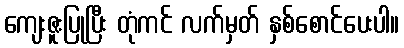
ကျေးဇူးပြုပြီး တုံကင် လက်မှတ် နှစ်စောင်ပေးပါ။